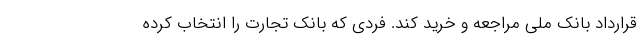
قرارداد بانک ملی مراجعه و خرید کند. فردی که بانک تجارت را انتخاب کرده